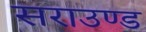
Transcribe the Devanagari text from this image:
सराउण्ड